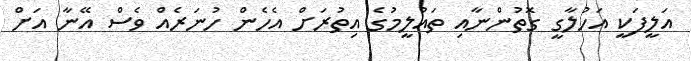
އަލީފަކީ އަހުލާގީ ގޮތުންނާއި ތައުލީމުގެ އިތުރަށް އެހެން ހުނަރެއް ވެސް އޭނާ އަށް